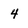
Character: 4